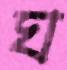
ঘ